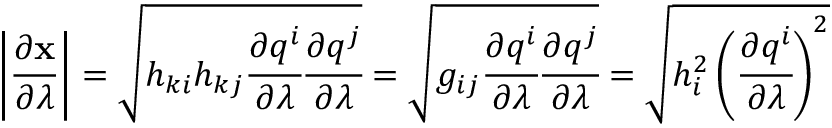
\left| { \frac { \partial \mathbf { x } } { \partial \lambda } } \right| = { \sqrt { h _ { k i } h _ { k j } { \cfrac { \partial q ^ { i } } { \partial \lambda } } { \cfrac { \partial q ^ { j } } { \partial \lambda } } } } = { \sqrt { g _ { i j } { \cfrac { \partial q ^ { i } } { \partial \lambda } } { \cfrac { \partial q ^ { j } } { \partial \lambda } } } } = { \sqrt { h _ { i } ^ { 2 } \left( { \cfrac { \partial q ^ { i } } { \partial \lambda } } \right) ^ { 2 } } }